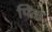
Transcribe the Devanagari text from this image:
पिंदा